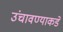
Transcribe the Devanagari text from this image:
उंचावण्याकडे